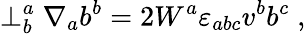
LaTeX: \perp_{b}^{a}\nabla_{a}b^{b}=2W^{a}{\varepsilon}_{abc}v^{b}b^{c}\; ,